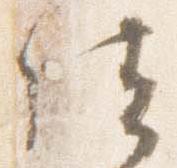
位